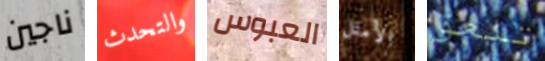
ناجين والتحدث العبوس الأمثل تلعق